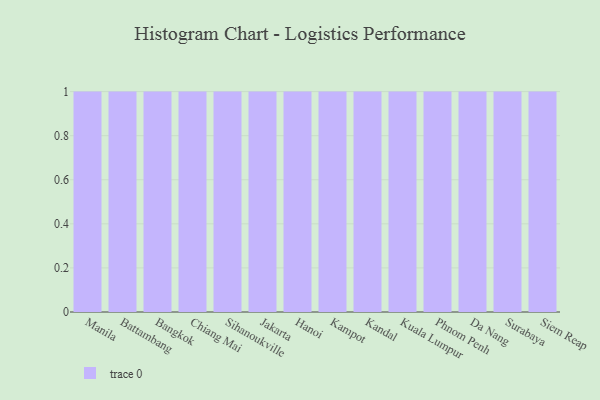
{"axis": {"x": "City", "y": "Inventory Turnover"}, "legend": [""], "data": [{"x": "Manila", "y": 17, "type": ""}, {"x": "Battambang", "y": 89, "type": ""}, {"x": "Bangkok", "y": 81, "type": ""}, {"x": "Chiang Mai", "y": 87, "type": ""}, {"x": "Sihanoukville", "y": 50, "type": ""}, {"x": "Jakarta", "y": 47, "type": ""}, {"x": "Hanoi", "y": 78, "type": ""}, {"x": "Kampot", "y": 71, "type": ""}, {"x": "Kandal", "y": 68, "type": ""}, {"x": "Kuala Lumpur", "y": 60, "type": ""}, {"x": "Phnom Penh", "y": 18, "type": ""}, {"x": "Da Nang", "y": 39, "type": ""}, {"x": "Surabaya", "y": 40, "type": ""}, {"x": "Siem Reap", "y": 21, "type": ""}]}